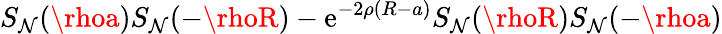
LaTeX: S_{\mathcal{N}}(\rhoa)S_{\mathcal{N}}(-\rhoR)-\mathrm{e}^{-2\rho(R-a)}S_{\mathcal{N}}(\rhoR)S_{\mathcal{N}}(-\rhoa)